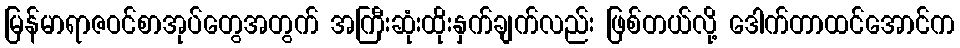
မြန်မာရာဇဝင်စာအုပ်တွေအတွက် အကြီးဆုံးထိုးနှက်ချက်လည်း ဖြစ်တယ်လို့ ဒေါက်တာထင်အောင်က